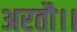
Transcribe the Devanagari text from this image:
अरतौ।।